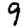
Digit: 9